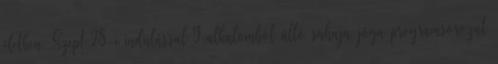
életben. Szept.28-i indulással 9 alkalomból álló sahaja jóga programsorozat